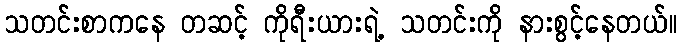
သတင်းစာကနေ တဆင့် ကိုရီးယားရဲ့ သတင်းကို နားစွင့်နေတယ်။